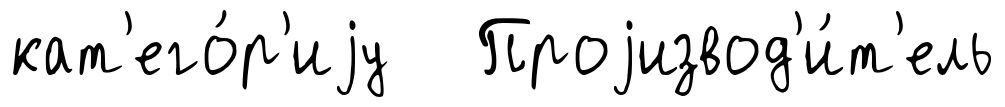
кат'его́р'иjу Проjизвод'и́т'ель